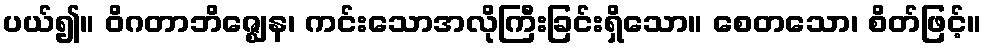
ပယ်၍။ ဝိဂတာဘိဇ္ဈေန၊ ကင်းသောအလိုကြီးခြင်းရှိသော။ စေတသော၊ စိတ်ဖြင့်။